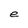
Character: e